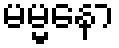
မမ္မနော